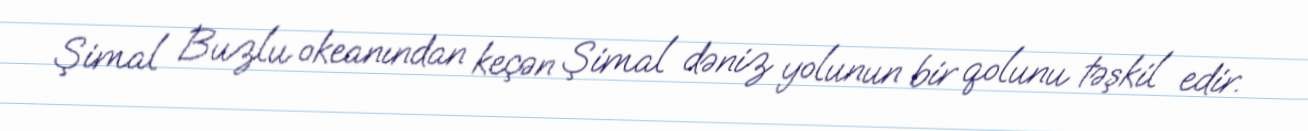
Şimal Buzlu okeanından keçən Şimal dəniz yolunun bir qolunu təşkil edir.